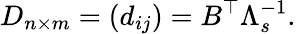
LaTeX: D_{n\times m}=\left(d_{ij}\right)=B^{\top}\Lambda_{s}^{-1}.